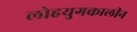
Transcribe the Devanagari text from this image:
लोहयुगकालीन